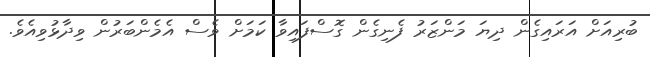
ބުރިއަށް އަރައިގެން ދިޔަ މަންޒަރު ފެނިގެން ގޮސްފައިވާ ކަމަށް ވެސް އެމެންބަރުން ވިދާޅުވިއެވެ.